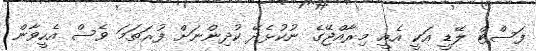
ފަސްޓް ލޭޑީ އަކީ އެއީ މިރާއްޖޭގެ ނުކުޅެދޭ ކުދިންނަށް ފުރަތަމަ ވެސް އެހީވާން